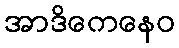
အာဒိကေနေဝ